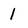
Character: 1